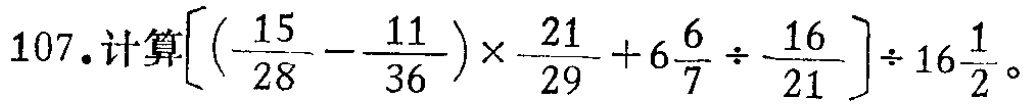
107. 计算\(\left[\left(\frac{15}{28}-\frac{11}{36}\right)\times\frac{21}{29}+6\frac{6}{7}\div\frac{16}{21}\right]\div16\frac{1}{2}\)。